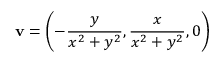
\mathbf { v } = \left( - { \frac { y } { x ^ { 2 } + y ^ { 2 } } } , { \frac { x } { x ^ { 2 } + y ^ { 2 } } } , 0 \right)